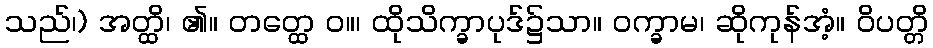
သည်၊) အတ္ထိ၊ ၏။ တတ္ထေ ဝ။၊ ထိုသိက္ခာပုဒ်၌သာ။ ဝက္ခာမ၊ ဆိုကုန်အံ့။ ဝိပတ္တိ